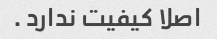
اصلا کیفیت ندارد .